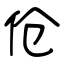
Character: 伧